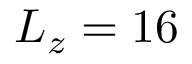
L _ { z } = 1 6